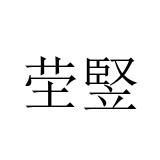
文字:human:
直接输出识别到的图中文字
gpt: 茔竪